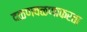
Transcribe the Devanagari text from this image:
दळणवळणाकरता